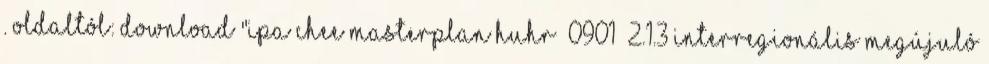
. oldaltól: Download "IPA CHEE Masterplan HUHR 0901 2.1.3 Interregionális Megújuló